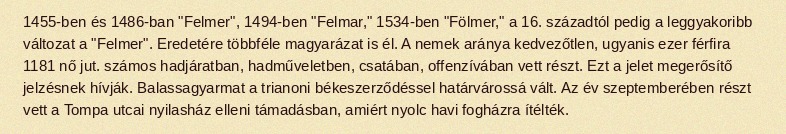
1455-ben és 1486-ban "Felmer", 1494-ben "Felmar," 1534-ben "Fölmer," a 16. századtól pedig a leggyakoribb változat a "Felmer". Eredetére többféle magyarázat is él. A nemek aránya kedvezőtlen, ugyanis ezer férfira 1181 nő jut. számos hadjáratban, hadműveletben, csatában, offenzívában vett részt. Ezt a jelet megerősítő jelzésnek hívják. Balassagyarmat a trianoni békeszerződéssel határvárossá vált. Az év szeptemberében részt vett a Tompa utcai nyilasház elleni támadásban, amiért nyolc havi fogházra ítélték.